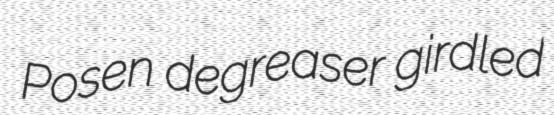
Posen degreaser girdled